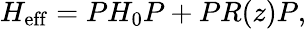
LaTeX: H_{\mathrm{eff}}=PH_{0}P+PR(z)P,